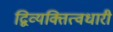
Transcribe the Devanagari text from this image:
द्विव्यक्तित्वधारी